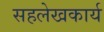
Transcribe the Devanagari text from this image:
सहलेखकार्य